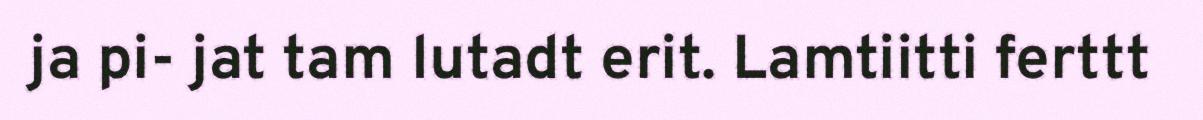
ja pi- jat tam lutadt erit. Lamtiitti ferttt